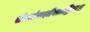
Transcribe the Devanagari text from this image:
संध्यांशश्चैवताद्वियः॥